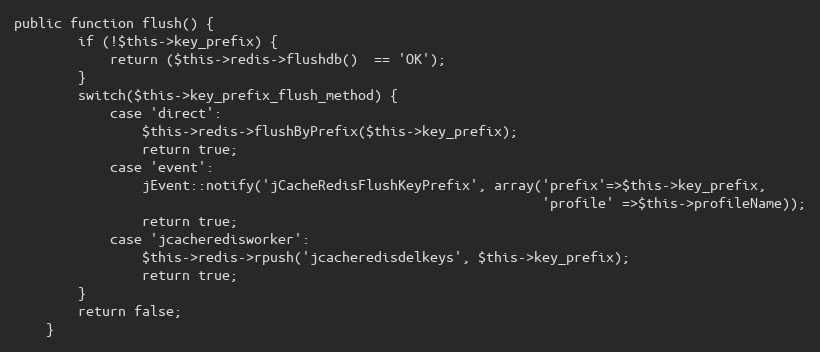
Language: PHP
public function flush() {
        if (!$this->key_prefix) {
            return ($this->redis->flushdb()  == 'OK');
        }
        switch($this->key_prefix_flush_method) {
            case 'direct':
                $this->redis->flushByPrefix($this->key_prefix);
                return true;
            case 'event':
                jEvent::notify('jCacheRedisFlushKeyPrefix', array('prefix'=>$this->key_prefix,
                                                                  'profile' =>$this->profileName));
                return true;
            case 'jcacheredisworker':
                $this->redis->rpush('jcacheredisdelkeys', $this->key_prefix);
                return true;
        }
        return false;
    }